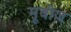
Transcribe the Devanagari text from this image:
मूबीज